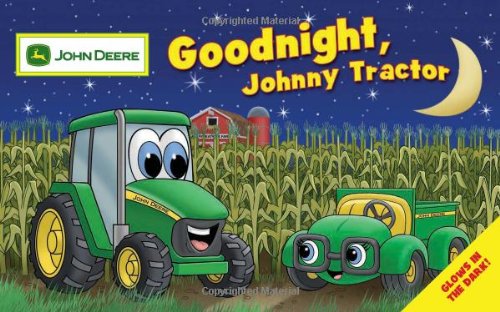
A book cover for Goodnight, Johnny Tractor (John Deere Glow in the Dark); Running Press; Children's Books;